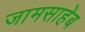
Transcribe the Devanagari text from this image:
जामसाहेब